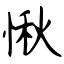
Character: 愀